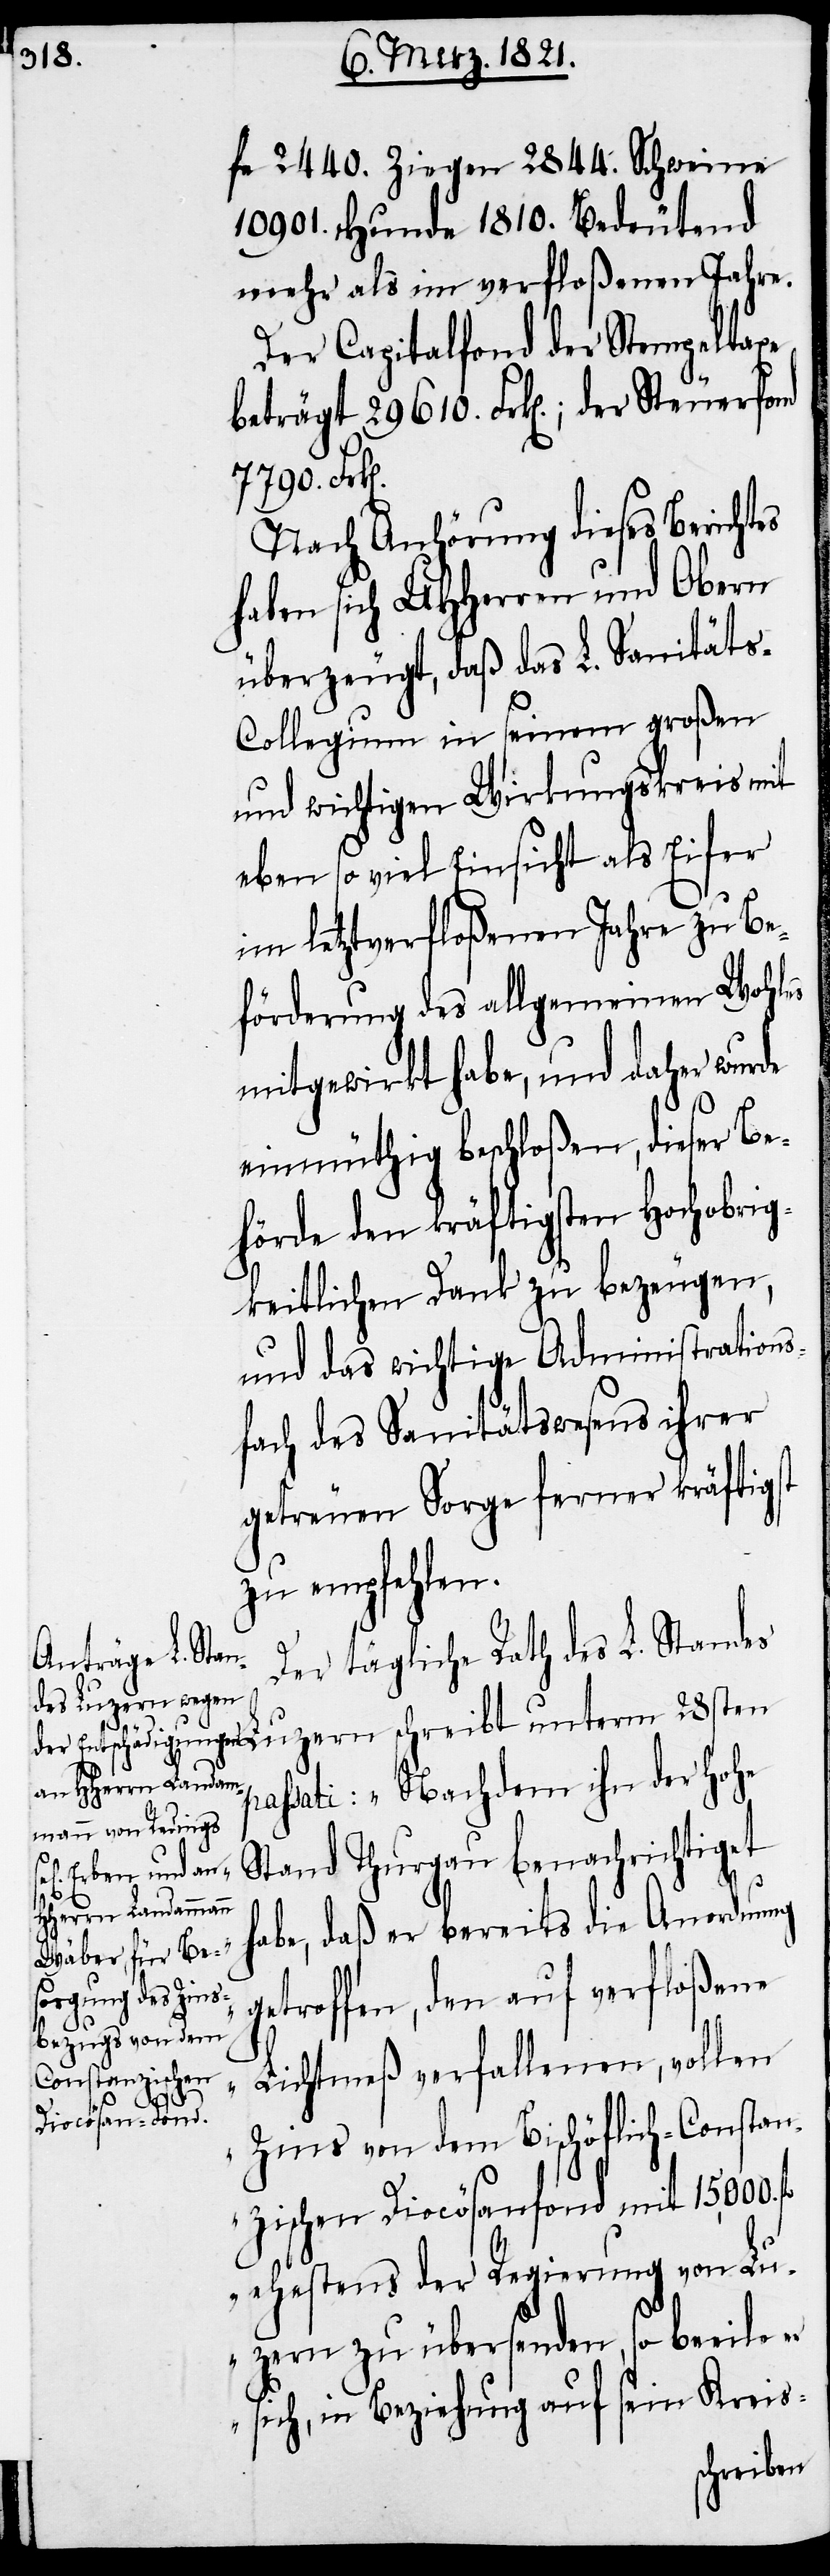
7790.

fe 2440. Ziegen 2844. Schweine
10 901. Hunde 1810. Bedeutend
mehr als im verfloßenen Jahre.
Der Capitalfond der Stempeltaxe
beträgt 29 610. Frk[en].; der Steuerfond
Nach Anhörung dieses Berichts
haben sich UHHerren und Obern
überzeugt, daß das L. Sanität¬
s-Collegium in seinem großen
und wichtigen Wirkungskreis mit
eben so viel Einsicht als Eifer
im letztverfloßenen Jahre zu Be¬
förderung des allgemeinen Wohles
mitgewirkt habe, und daher wurde
einmüthig beschloßen, dieser Be¬
hörde den kräftigsten Hochobrig¬
keitlichen Dank zu bezeugen,
und das wichtige Administrations¬
fach des Sanitätswesens ihrer
getreuen Sorge ferner kräftigst
zu empfehlen.
Der tägliche Rath des L. Standes
Luzern schreibt unterm 28sten
passati: „Nachdem ihn der hohe
Stand Thurgau benachrichtiget
habe, daß er bereits die Anordnung
getroffen, den auf verfloßene
Lichtmeß verfallenen, vollen
Zins von dem Bischöflich-Constan¬
zischen Diocösanfond mit 15,000.
ehestens der Regierung von Lu¬
zern zu übersenden, so beeile er
sich, in Beziehung auf sein Kreis-